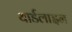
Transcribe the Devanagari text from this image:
यार्डलाइन